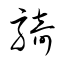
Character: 騎